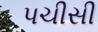
પચીસી